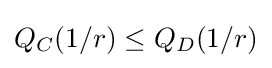
{\textstyle Q_{C}(1/r)\leq Q_{D}(1/r)}